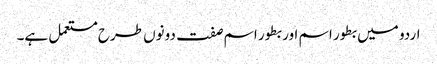
اردو میں بطور اسم اور بطور اسم صفت دونوں طرح مستعمل ہے۔